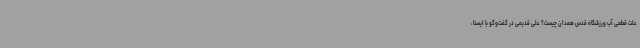
علت قطعی آب ورزشگاه قدس همدان چیست؟ علی قدیمی در گفت‌وگو با ایسنا،